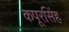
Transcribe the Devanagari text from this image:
कपूरसिंह